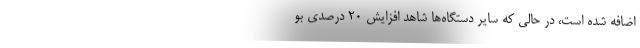
اضافه شده است، در حالی که سایر دستگاه‌ها شاهد افزایش‌ ۲۰ درصدی بو